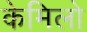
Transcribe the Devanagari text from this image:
केमिलो